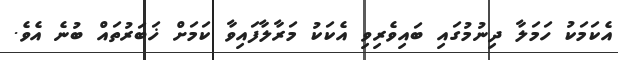
އެކަމަކު ހަމަލާ ދިނުމުގައި ބައިވެރިވި އެކަކު މަރާލާފައިވާ ކަމަށް ޚަބަރުތައް ބުނެ އެވެ.